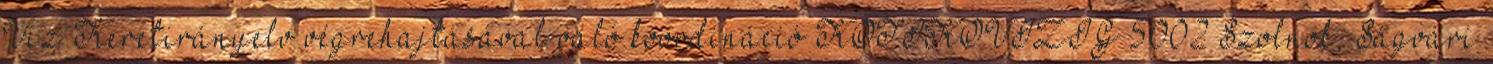
Víz Keretirányelv végrehajtásával való koordináció KÖTIKÖVIZIG 5002 Szolnok, Ságvári